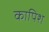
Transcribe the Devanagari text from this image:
कापिश